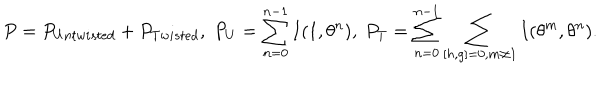
P = P _ { U n t w i s t e d } + P _ { T w i s t e d } , \; P _ { U } = \sum _ { n = 0 } ^ { n - 1 } I ( 1 , \theta ^ { n } ) , \; P _ { T } = \sum _ { n = 0 } ^ { n - 1 } \sum _ { [ h , g ] = 0 , m \neq 1 } I ( \theta ^ { m } , \theta ^ { n } ) .